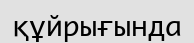
құйрығында